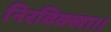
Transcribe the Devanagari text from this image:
निरविक्खा।।